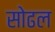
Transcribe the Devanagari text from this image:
सोढल